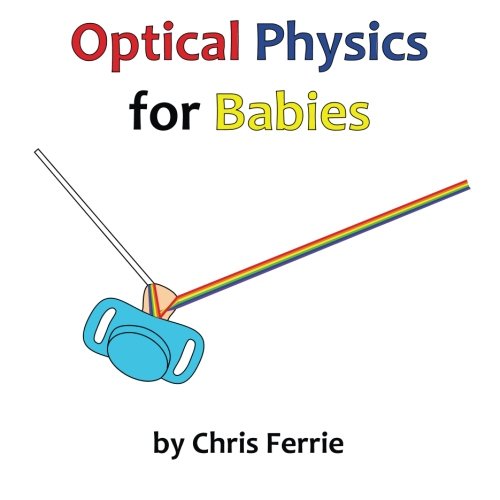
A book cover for Optical Physics for Babies (Volume 3); Chris Ferrie; Children's Books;